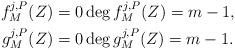
LaTeX: \begin{align*}f_M^{j,P}(Z) = 0 & \deg f_M^{j,P}(Z) = m -1, \\g_M^{j,P}(Z) = 0 & \deg g_M^{j,P}(Z) = m -1.\end{align*}